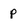
Character: p